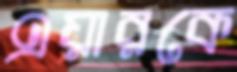
এয়ারকে